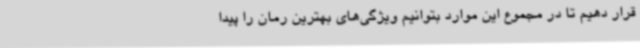
قرار دهیم تا در مجموع این موارد بتوانیم ویژگی‌های بهترین رمان را پیدا